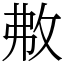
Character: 㪄